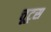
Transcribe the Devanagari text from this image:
चूट्स